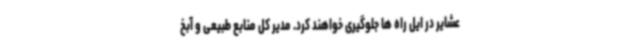
عشایر در ایل راه ها جلوگیری خواهند کرد. مدیر کل منابع طبیعی و آبخ